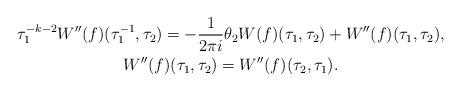
LaTeX: \begin{gather*} \tau_{1}^{-k-2}W''(f)(\tau_{1}^{-1}, \tau_{2}) = - \frac{1}{2\pi i}\theta_{2} W(f)(\tau_{1}, \tau_{2}) + W''(f)(\tau_{1}, \tau_{2}),\\ W''(f)(\tau_{1}, \tau_{2}) = W''(f)(\tau_{2}, \tau_{1}).\end{gather*}